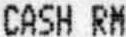
CASH RM